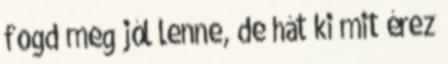
fogd meg jól lenne, de hát ki mit érez